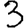
Digit: 3